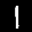
Label: 1